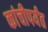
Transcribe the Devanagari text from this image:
कांचीपर्यंत